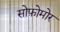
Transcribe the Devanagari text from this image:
सोफ़ोमोर